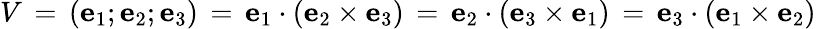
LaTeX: V\, =\, \left(\mathbf{e}_{1};\mathbf{e}_{2};\mathbf{e}_{3}\right)\, =\, \mathbf{e}_{1}\cdot(\mathbf{e}_{2}\times\mathbf{e}_{3})\, =\, \mathbf{e}_{2}\cdot(\mathbf{e}_{3}\times\mathbf{e}_{1})\, =\, \mathbf{e}_{3}\cdot(\mathbf{e}_{1}\times\mathbf{e}_{2})